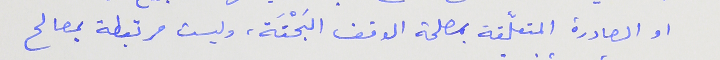
او الصادرة المتعلّقة بمصلحة الوقف البَحْتَة، وليست مرتبطة بمصالح